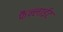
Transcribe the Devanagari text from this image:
फैन्लाईट